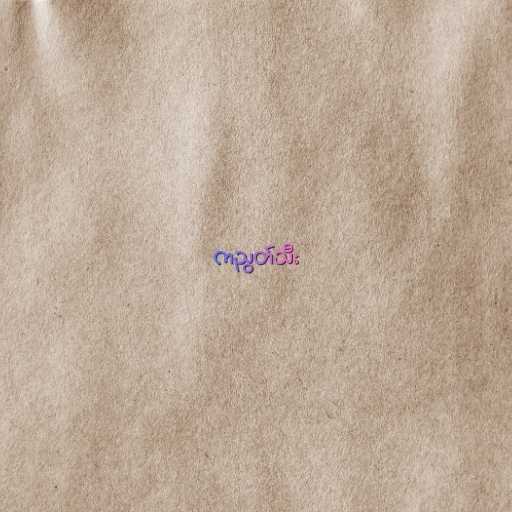
ကညွတ်သီး